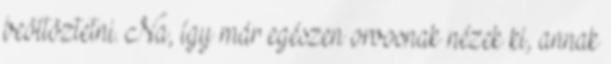
beöltöztetni. Na, így már egészen orvosnak nézek ki, annak